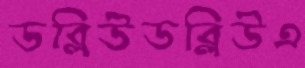
ডব্লিউডব্লিউএ